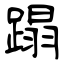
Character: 蹋